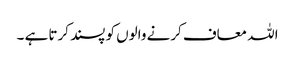
اللہ معاف کرنے والوں کو پسند کرتا ہے ۔